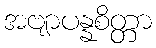
အဗျာပန္နစိတ္တာ